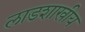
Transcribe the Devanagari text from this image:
लाडशाखीय